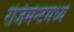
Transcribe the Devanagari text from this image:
रेजिमेन्टमध्ये